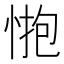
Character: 𢛺